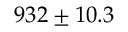
9 3 2 \pm 1 0 . 3